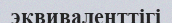
эквиваленттігі